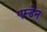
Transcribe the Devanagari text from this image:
एम्डेन